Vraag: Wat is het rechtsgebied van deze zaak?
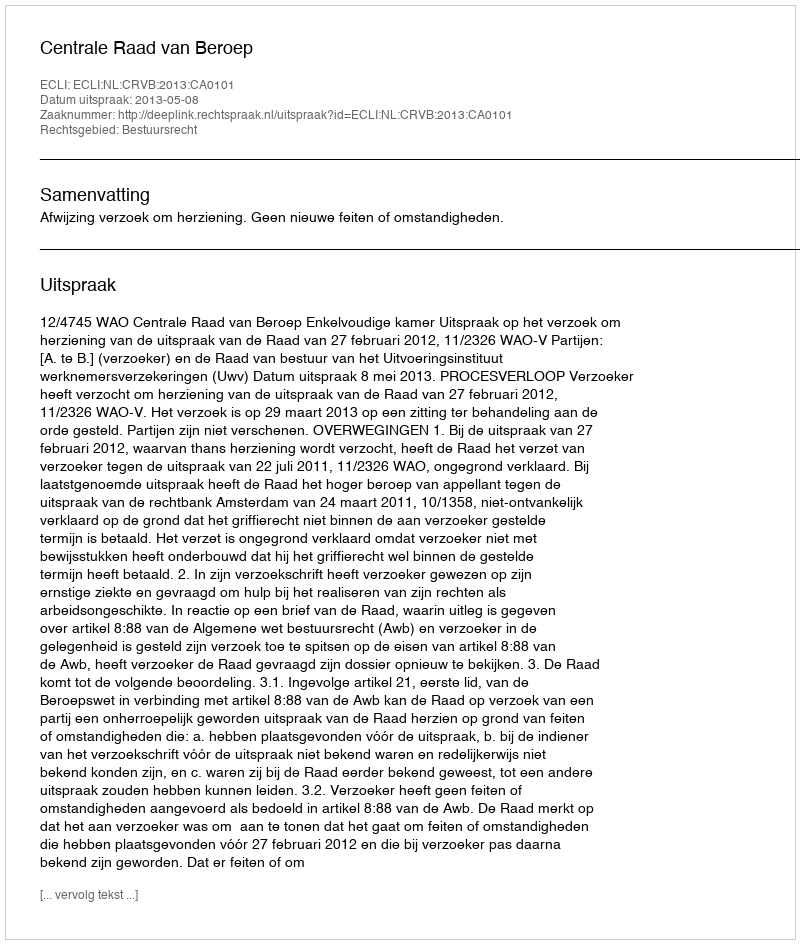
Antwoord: Bestuursrecht